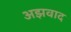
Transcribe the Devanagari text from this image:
अझवाद